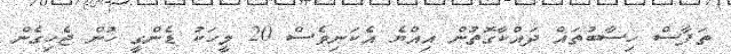
ތަފާސް ހިސާބުތައް ދައްކާގޮތުން އިއްޔެ އެކަނިވެސް 20 މީހަކު ޑެންގީ ހުން ޖެހިގެން